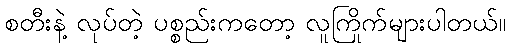
စတီးနဲ့ လုပ်တဲ့ ပစ္စည်းကတော့ လူကြိုက်များပါတယ်။